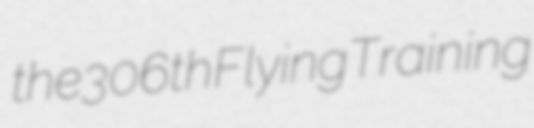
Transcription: the 306th Flying Training